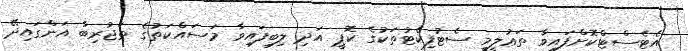
އެޓެސްޓްކޮށްފައިވާ ތަޢުލީމީ ސެޓުފިކެޓުތަކުގެ ކޮޕީ އަދި ލިބިފައިވާ މަސައްކަތުގެ ތަޖުރިބާ އަންގައިދޭ